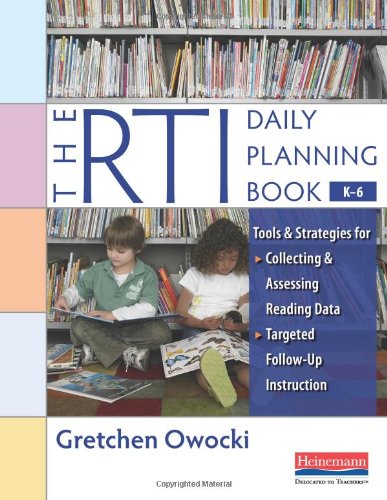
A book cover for The RTI Daily Planning Book, K-6: Tools and Strategies for Collecting and Assessing Reading Data & Targeted Follow-Up Instruction; Gretchen Owocki; Computers & Technology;